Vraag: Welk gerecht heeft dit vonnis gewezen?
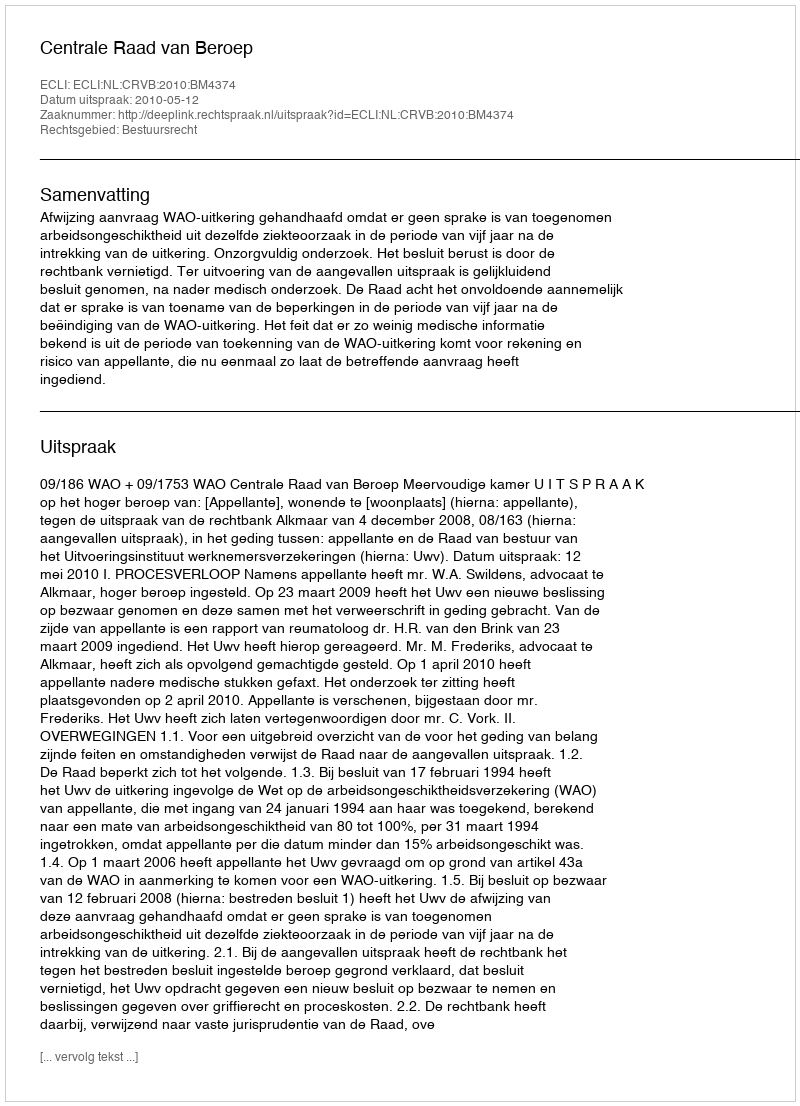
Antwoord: Centrale Raad van Beroep